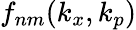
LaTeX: f_{nm}(k_{x},k_{p})